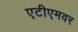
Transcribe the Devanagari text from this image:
एटीएमवर